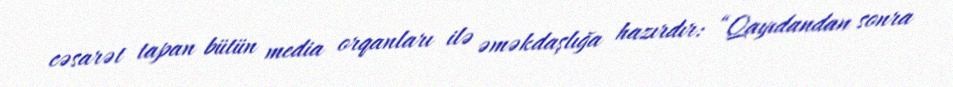
cəsarət tapan bütün media orqanları ilə əməkdaşlığa hazırdır: “Qayıdandan sonra